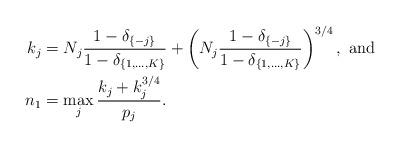
LaTeX: \begin{align*}k_j &= N_j\frac{1-\delta_{\{-j\}}}{1-\delta_{\{1,\dots,K\}}} + \left(N_j\frac{1-\delta_{\{-j\}}}{1-\delta_{\{1,\dots,K\}}}\right)^{3/4}, \mbox{ and }\\n_1 &= \max_{j} \frac{k_j+k_j^{3/4}}{p_j}.\end{align*}